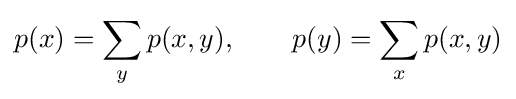
p(x)=\sum _{y}p(x,y),\qquad p(y)=\sum _{x}p(x,y)